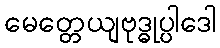
မေတ္တေယျဗုဒ္ဓုပ္ပါဒေါ